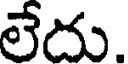
లేదు.